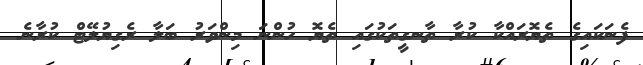
ފެނަކައިގެ ތެޔޮރައްކާ ކުރާ ތާނގީތަކުގައި ތެޔޮ ހުންނަ މިންވަރު ބަލާ ރެގިޔުލޭޓް ކުރާނެ